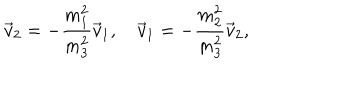
\vec { v } _ { 2 } = - \frac { m _ { 1 } ^ { 2 } } { m _ { 3 } ^ { 2 } } \vec { v } _ { 1 } , \quad \vec { v } _ { 1 } = - \frac { m _ { 2 } ^ { 2 } } { m _ { 3 } ^ { 2 } } \vec { v } _ { 2 } ,